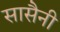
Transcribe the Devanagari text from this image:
सासैनी